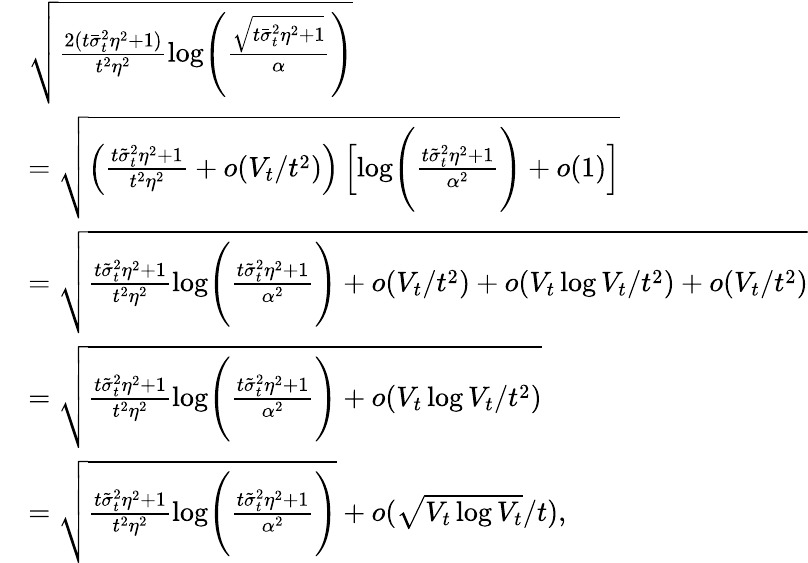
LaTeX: \begin{array}{rl}&{\sqrt{\frac{2(t\bar{\sigma}_{t}^{2}\eta^{2}+1)}{t^{2}\eta^{2}}\mathrm{log}\Bigg(\frac{\sqrt{t\bar{\sigma}_{t}^{2}\eta^{2}+1}}{\alpha}\Bigg)}}\\ &{=\sqrt{\left(\frac{t\tilde{\sigma}_{t}^{2}\eta^{2}+1}{t^{2}\eta^{2}}+o(V_{t}/t^{2})\right)\left[\mathrm{log}\Bigg(\frac{t\tilde{\sigma}_{t}^{2}\eta^{2}+1}{\alpha^{2}}\Bigg)+o(1)\right]}}\\ &{=\sqrt{\frac{t\tilde{\sigma}_{t}^{2}\eta^{2}+1}{t^{2}\eta^{2}}\mathrm{log}\Bigg(\frac{t\tilde{\sigma}_{t}^{2}\eta^{2}+1}{\alpha^{2}}\Bigg)+o(V_{t}/t^{2})+o(V_{t}\log V_{t}/t^{2})+o(V_{t}/t^{2})}}\\ &{=\sqrt{\frac{t\tilde{\sigma}_{t}^{2}\eta^{2}+1}{t^{2}\eta^{2}}\mathrm{log}\Bigg(\frac{t\tilde{\sigma}_{t}^{2}\eta^{2}+1}{\alpha^{2}}\Bigg)+o(V_{t}\log V_{t}/t^{2})}}\\ &{=\sqrt{\frac{t\tilde{\sigma}_{t}^{2}\eta^{2}+1}{t^{2}\eta^{2}}\mathrm{log}\Bigg(\frac{t\tilde{\sigma}_{t}^{2}\eta^{2}+1}{\alpha^{2}}\Bigg)}+o(\sqrt{V_{t}\log V_{t}}/t),}\end{array}